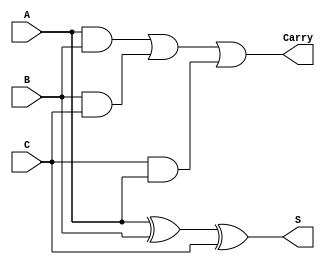
module ParallelCarrySaveAdder #(parameter n = 8) (
    input  [n-1:0] A,
    input  [n-1:0] B,
    input  [n-1:0] C,
    output [n-1:0] S,
    output [n-1:0] Carry
);

    // Bit-wise addition without carry propagation
    assign S = A ^ B ^ C;  // Sum bits: S[i] = A[i] XOR B[i] XOR C[i]

    // Carry-out calculation
    assign Carry = (A & B) | (B & C) | (C & A);  // Carry bits: C[i] = (A[i] AND B[i]) OR (B[i] AND C[i]) OR (C[i] AND A[i])

endmodule